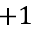
+ 1